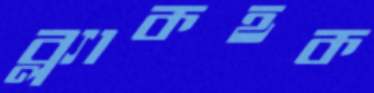
ব্ল্যাকহক